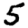
Digit: 5